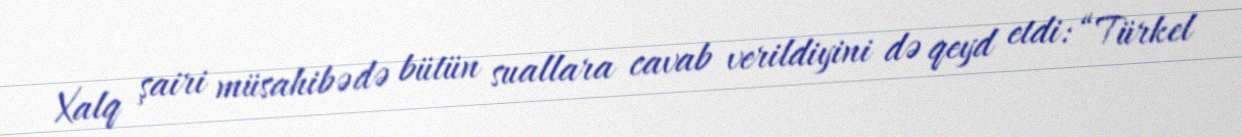
Xalq şairi müsahibədə bütün suallara cavab verildiyini də qeyd etdi: “Türkel